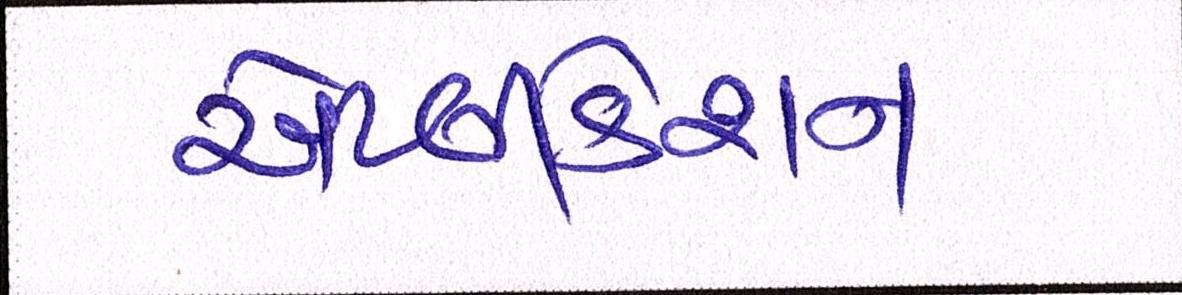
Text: એપ્લીકેશન